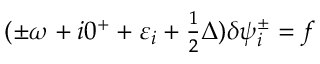
\begin{array} { r } { ( \pm \omega + i 0 ^ { + } + \varepsilon _ { i } + \frac 1 2 \Delta ) \delta \psi _ { i } ^ { \pm } = f } \end{array}